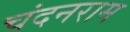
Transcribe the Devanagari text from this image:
चंदनराम